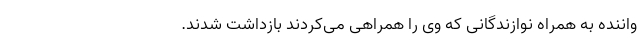
واننده به همراه نوازندگانی که وی را همراهی می‌کردند بازداشت شدند.